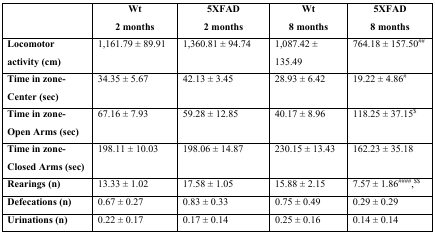
|  | Wt 2 months | 5XFAD2 months | Wt 8 months | 5XFAD8 months |
 | --- | --- | --- | --- | --- |
 | Locomotor activity (cm) | 1,161.79 ± 89.91 | 1,360.81 ± 94.74 | 1,087.42 ± 135.49 | 764.18 ± 157.50## |
 | Time in zone-Center (sec) | 34.35 ± 5.67 | 42.13 ± 3.45 | 28.93 ± 6.42 | 19.22 ± 4.86# |
 | Time in zone- Open Arms (sec) | 67.16 ± 7.93 | 59.28 ± 12.85 | 40.17 ± 8.96 | 118.25 ± 37.15$ |
 | Time in zone- Closed Arms (sec) | 198.11 ± 10.03 | 198.06 ± 14.87 | 230.15 ± 13.43 | 162.23 ± 35.18 |
 | Rearings (n) | 13.33 ± 1.02 | 17.58 ± 1.05 | 15.88 ± 2.15 | 7.57 ± 1.86####,$$ |
 | Defecations (n) | 0.67 ± 0.27 | 0.83 ± 0.33 | 0.75 ± 0.49 | 0.29 ± 0.29 |
 | Urinations (n) | 0.22 ± 0.17 | 0.17 ± 0.14 | 0.25 ± 0.16 | 0.14 ± 0.14 |